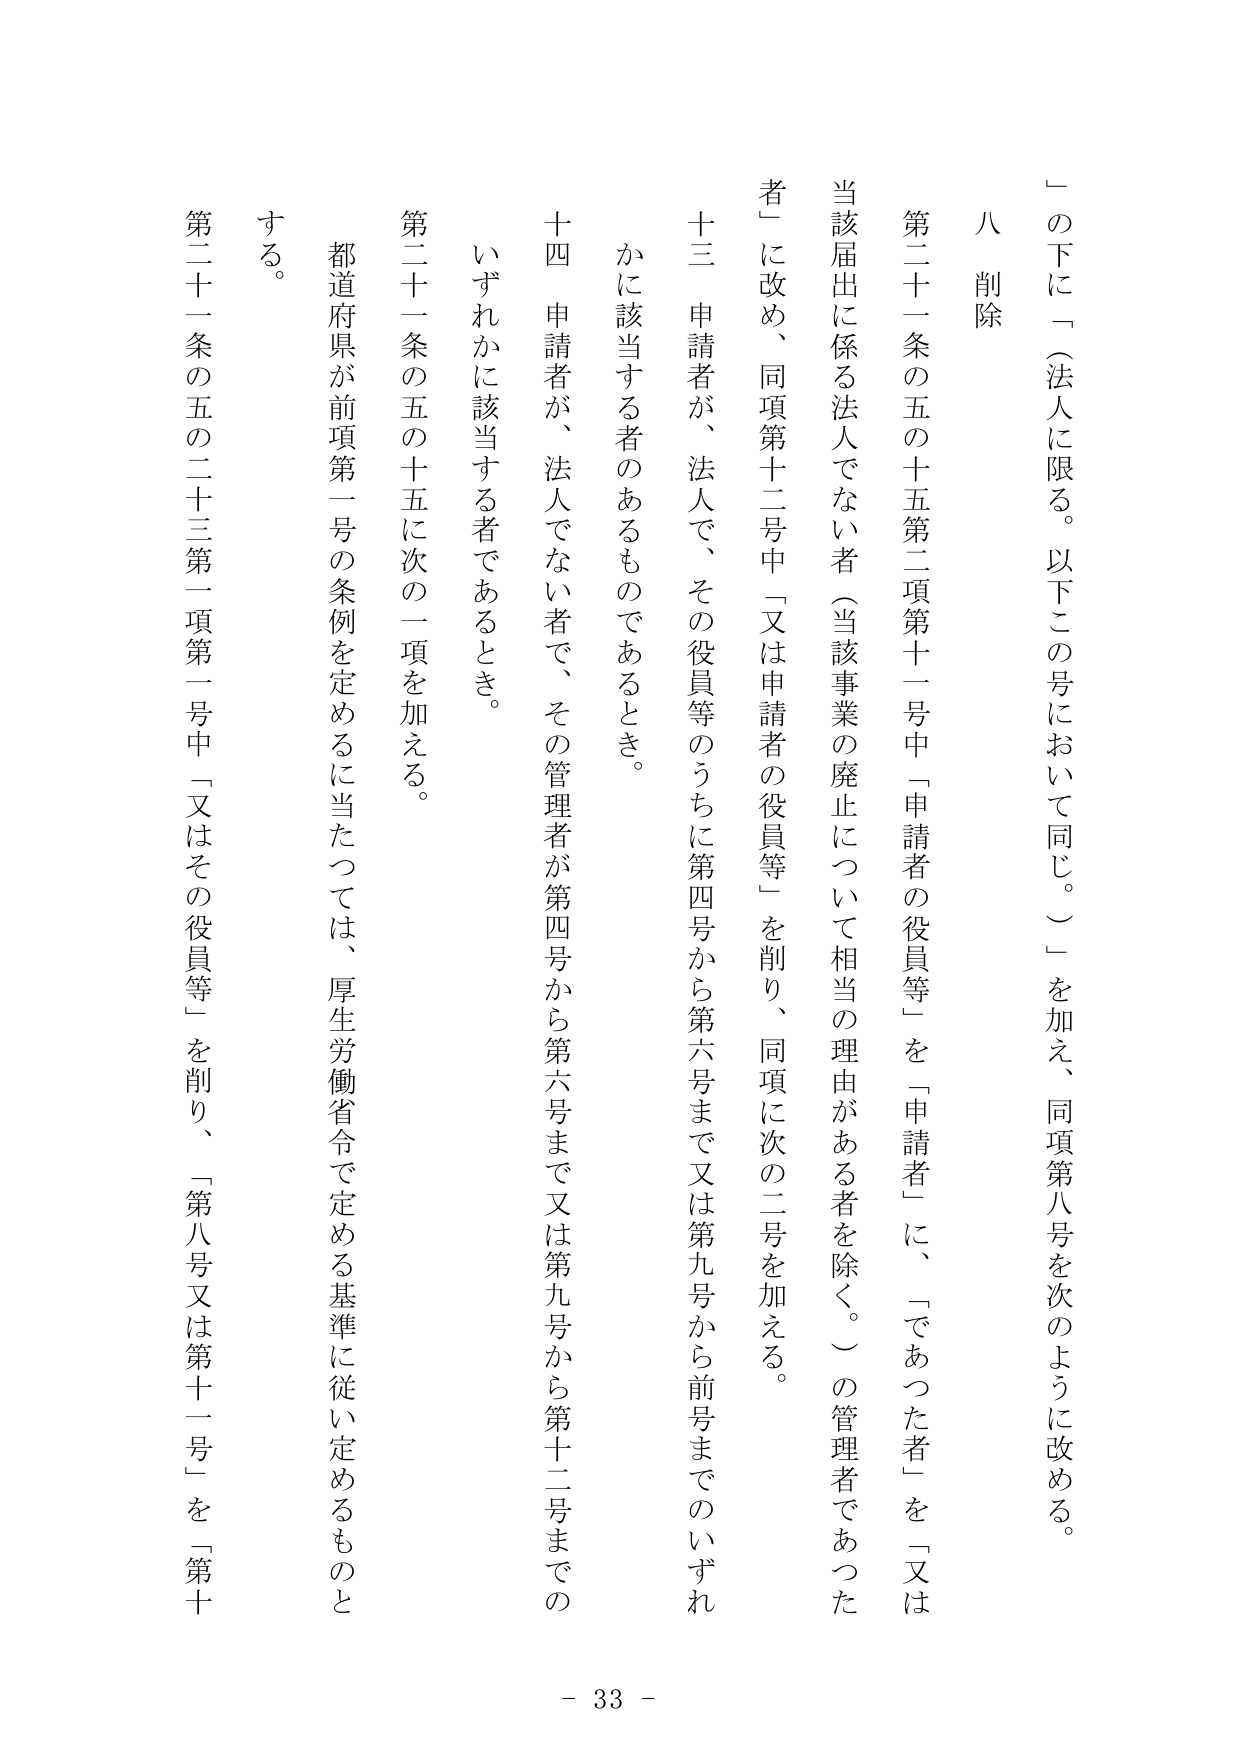
「の下に「（法人に限る。以下この号において同じ。）」を加え、同項第八号を次のように改める。

八 削除

第二十一条の五の十五第二項第十一号中「申請者の役員等」を「申請者」に、「であった者」を「又は当該届出に係る法人でない者（当該事業の廃止について相当の理由がある者を除く。）の管理者であった者」に改め、同項第十二号中「又は申請者の役員等」を削り、同項に次の二号を加える。

十三 申請者が、法人で、その役員等のうちに第四号から第六号まで又は第九号から前号までのいずれかに該当する者のあるものであるとき。

十四 申請者が、法人でない者で、その管理者が第四号から第六号まで又は第九号から第十二号までのいずれかに該当する者であるとき。

第二十一条の五の十五に次の一項を加える。

都道府県が前項第一号の条例を定めるに当たっては、厚生労働省令で定める基準に従い定めるものとする。

第二十一条の五の二十三第一項第一号中「又はその役員等」を削り、「第八号又は第十一号」を「第十」